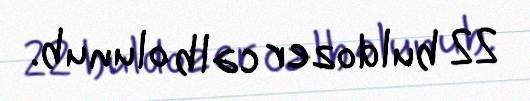
22 buldozer cəlb olunub.